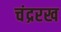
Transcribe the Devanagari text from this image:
चंद्ररख